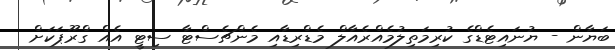
ބަޔާން - ޔުނައިޓެޑްގެ ކުރިމަތިލުމެއްރެއާލް މެޑްރިޑާއި މެންޗެސްޓާ ސިޓީ އެއް ގްރޫޕަކަށް